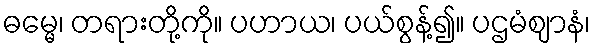
ဓမ္မေ၊ တရားတို့ကို။ ပဟာယ၊ ပယ်စွန့်၍။ ပဌမံဈာနံ၊